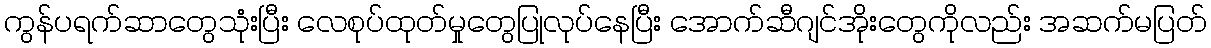
ကွန်ပရက်ဆာတွေသုံးပြီး လေစုပ်ထုတ်မှုတွေပြုလုပ်နေပြီး အောက်ဆီဂျင်အိုးတွေကိုလည်း အဆက်မပြတ်